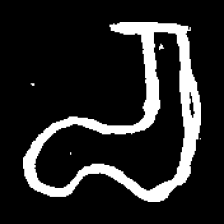
Pyu character \u2014 Myanmar letter: စ (romanized: ca)